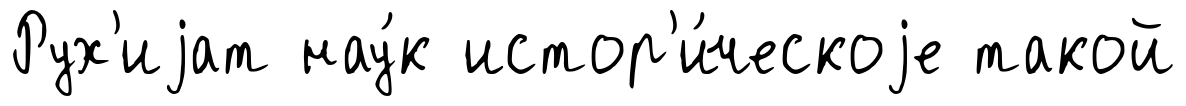
Рух'иjат нау́к истор'и́ческоjе такой